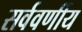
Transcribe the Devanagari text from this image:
सर्ववर्णीय